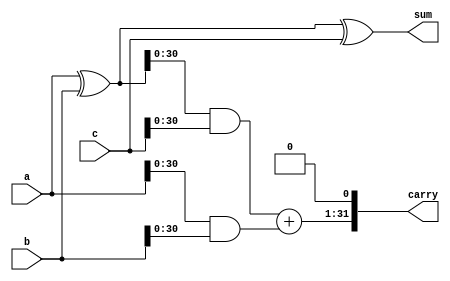
module CarrySave(input [31:0]a, input [31:0]b, input [31:0]c, output [31:0]sum, output [31:0]carry);

assign sum = a^b^c;
assign carry = {((a^b)&c)+(a&b), 1'b0};

endmodule